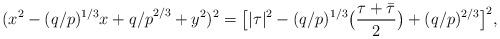
LaTeX: \begin{align*}(x^2-(q/p)^{1/3}x+{q/p}^{2/3}+y^2)^2=\big[|\tau|^2-(q/p)^{1/3} \big(\frac{\tau+\Bar{\tau}}{2}\big)+(q/p)^{2/3}\big]^2,\end{align*}